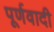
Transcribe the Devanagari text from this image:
पूर्णवादी